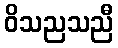
ဝိသညသညီ